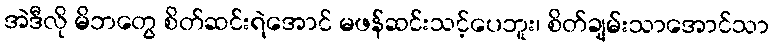
အဲဒီလို မိဘတွေ စိတ်ဆင်းရဲအောင် မဖန်ဆင်းသင့်ပေဘူး၊ စိတ်ချမ်းသာအောင်သာ